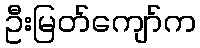
ဦးမြတ်ကျော်က